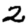
Digit: 2